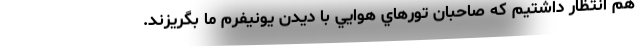
هم انتظار داشتيم كه صاحبان تورهاي هوايي با ديدن يونيفرم ما بگريزند.